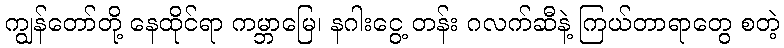
ကျွန်တော်တို့ နေထိုင်ရာ ကမ္ဘာမြေ၊ နဂါးငွေ့ တန်း ဂလက်ဆီနဲ့ ကြယ်တာရာတွေ စတဲ့